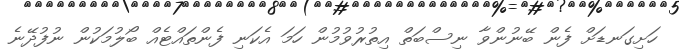
ހަށިގަނޑަށް ފެން ބޭނުންވާ ނިސްބަތް އިތުރުވުމުން ހަމަ އެކަނި ފެންތައްޓެއް ބޯލުމަކުން ނުފުދޭނެ